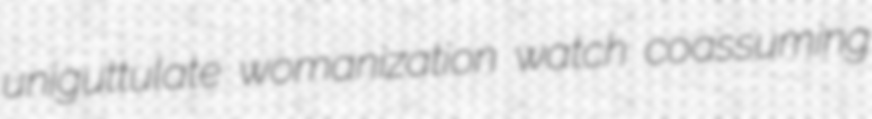
uniguttulate womanization watch coassuming